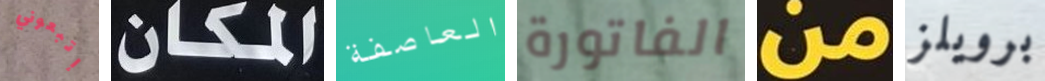
إتبعوني المكان العاصفة الفاتورة من برويلز